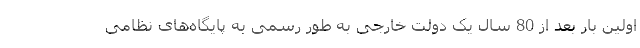
اولین بار بعد از 80 سال یک دولت خارجی به طور رسمی به پایگاه­های نظامی